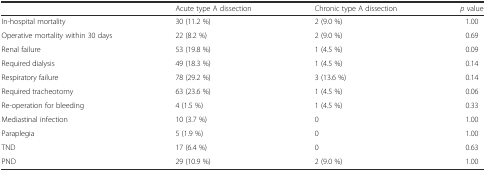
<table><thead><tr><td></td><td><b>Acute type A dissection</b></td><td><b>Chronic type A dissection</b></td><td><b><i>p</i> value</b></td></tr></thead><tbody><tr><td>In-hospital mortality</td><td>30 (11.2 %)</td><td>2 (9.0 %)</td><td>1.00</td></tr><tr><td>Operative mortality within 30 days</td><td>22 (8.2 %)</td><td>2 (9.0 %)</td><td>0.69</td></tr><tr><td>Renal failure</td><td>53 (19.8 %)</td><td>1 (4.5 %)</td><td>0.09</td></tr><tr><td>Required dialysis</td><td>49 (18.3 %)</td><td>1 (4.5 %)</td><td>0.14</td></tr><tr><td>Respiratory failure</td><td>78 (29.2 %)</td><td>3 (13.6 %)</td><td>0.14</td></tr><tr><td>Required tracheotomy</td><td>63 (23.6 %)</td><td>1 (4.5 %)</td><td>0.06</td></tr><tr><td>Re-operation for bleeding</td><td>4 (1.5 %)</td><td>1 (4.5 %)</td><td>0.33</td></tr><tr><td>Mediastinal infection</td><td>10 (3.7 %)</td><td>0</td><td>1.00</td></tr><tr><td>Paraplegia</td><td>5 (1.9 %)</td><td>0</td><td>1.00</td></tr><tr><td>TND</td><td>17 (6.4 %)</td><td>0</td><td>0.63</td></tr><tr><td>PND</td><td>29 (10.9 %)</td><td>2 (9.0 %)</td><td>1.00</td></tr></tbody></table>